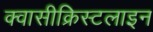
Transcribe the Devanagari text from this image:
क्वासीक्रिस्टलाइन